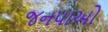
જનપાઓ